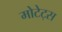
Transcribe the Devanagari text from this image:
मोटेट्स